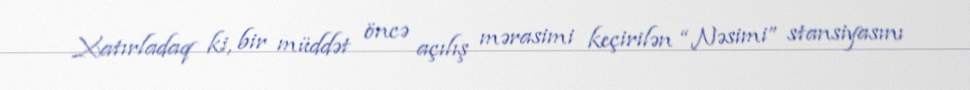
Xatırladaq ki, bir müddət öncə açılış mərasimi keçirilən “Nəsimi” stansiyasını